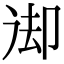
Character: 𠨙